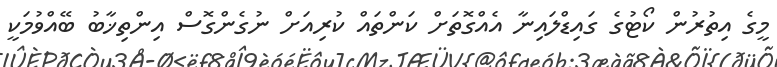
މީގެ އިތުރުން ކޯޓުގެ ގައިޑްލައިނާ އެއްގޮތަށް ކަންތައް ކުރިއަށް ނުގެންގޮސް އިންތިޚާބު ބޭއްވުމަކީ